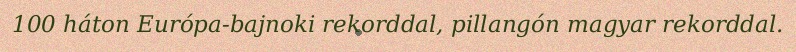
100 háton Európa-bajnoki rekorddal, pillangón magyar rekorddal.